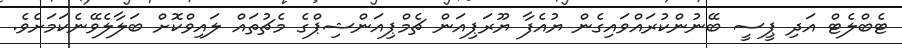
ޓެބްލެޓް އަދި ޕީސީ ބޭނުންކުރައްވައިގެން ޔުއެފާ ޔޫރަޕިއަން ޗެމްޕިއަންޝިޕްގެ މެޗުތައް ލައިވްކޮށް ބަލާލެވޭނެކަމަށެވެ.